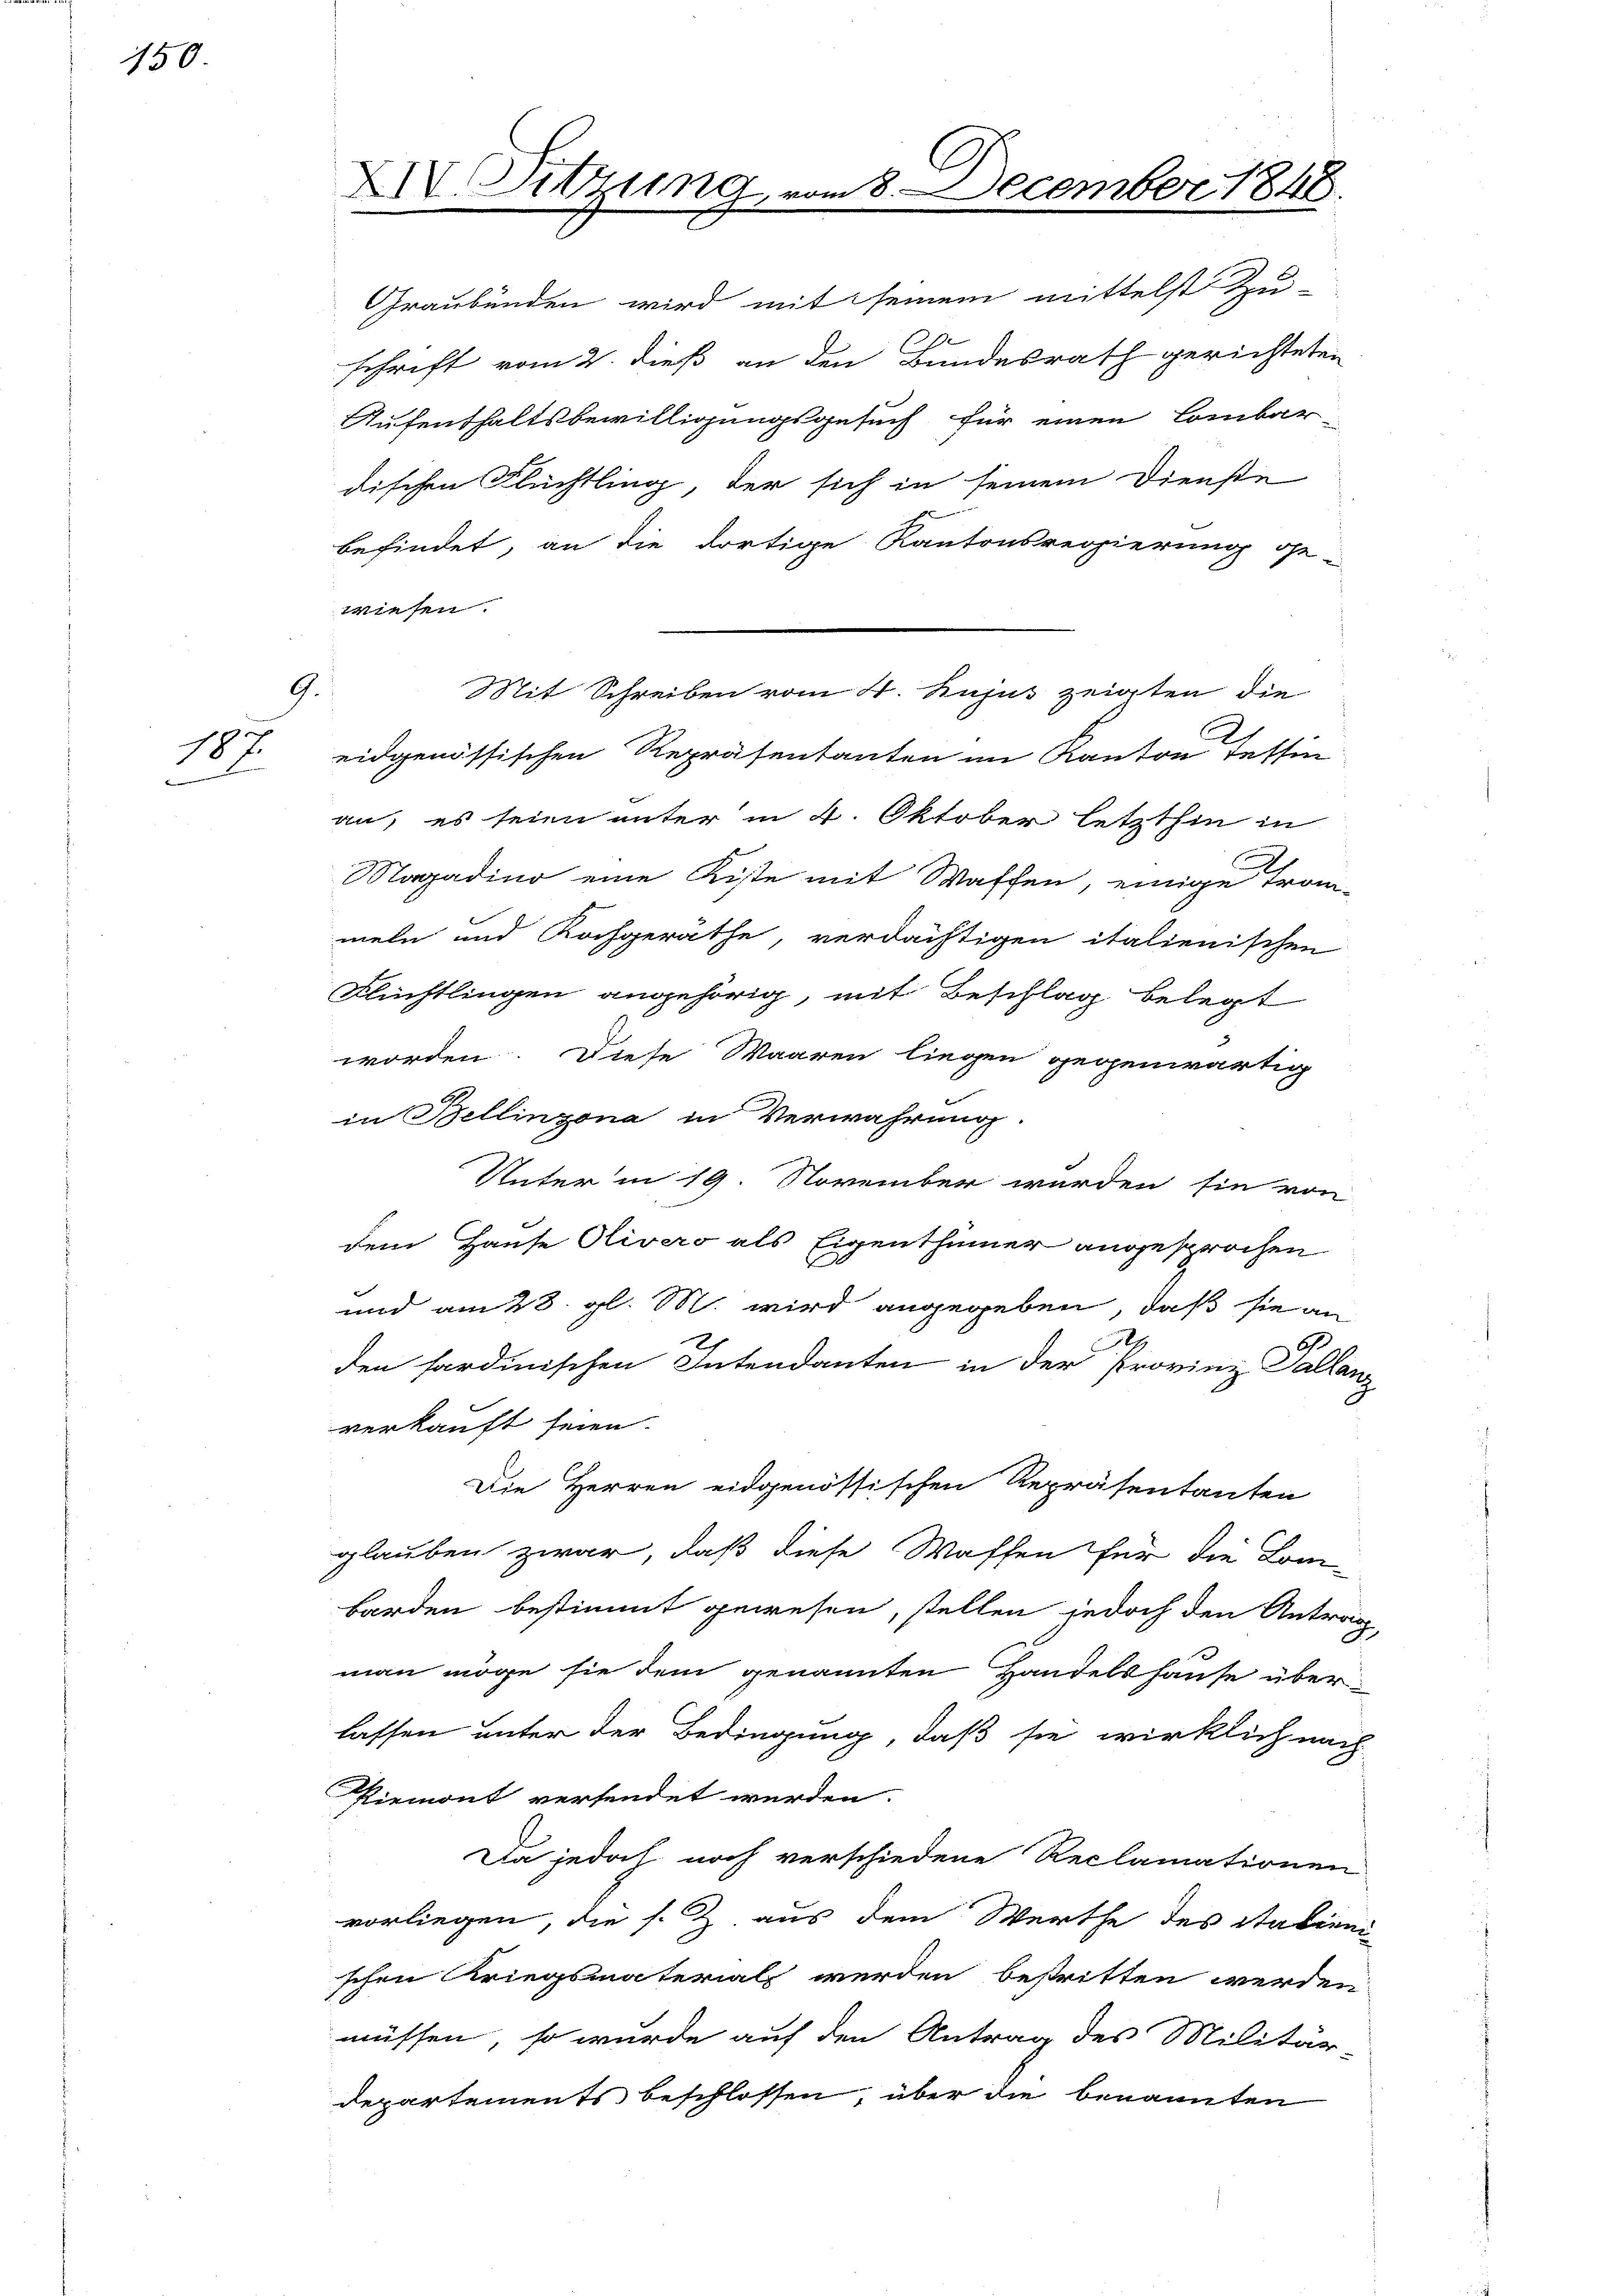
150

G.
184
.
2

XIV. Sitzung

Graubünden wird mit seinem mittelst Zu-
schrift vom 2. dieß an den Bundesrath gerichteten
Aufenthaltsbewilligungsgesuch für einen Combar-
dischen Flüchtling, der sich in seinem Dienste
r
befindet, an die dortige Kantonsregierung ge-
wiesen.
eidgenössischen Repräsentanten im Kanton Tessin
an, es seien unter in 4. Oktober letzthin in
Magadino eine Kiste mit Waffen, einige Trom-
meln und Kochgerathe, verdächtigen italienischen
Flüchtlingen angehörig, mit Beschlag belegt
worden. Diese Waaren liegen gegenwärtig
in Bellinzona in Verwahrung.
Unter in 19. November werden sie von
dem Hause Olivero als Eigenthümer angesprochen
und am 28. gl. M. wird angegeben, daß sie an
6
den sardinischen Intendanten in der Provinz Sallanz
verkauft seien.
Die Herren eidgenössischen Repräsentanten
glauben zwar, daß diese Waffen für die Kom-
borden bestimmt gewesen, stellen jedoch den Antrag
mann möge sie dem genannten Handelshause über-
lassen unter der Bedingung, daß sie wirklich nach
Riemont versendet werden.
Da jedoch noch verschiedene Reclamationen
vorliegen, die s. Z. aus dem Werthe des Stationi
schen Kriegsmaterial werden bestritten werden
müssen, so wurde auf den Antrag des Militär-
departements beschlossen, über die benannten

Mit Schreiben vom 4. hujus zeigten die

8 December 1848.